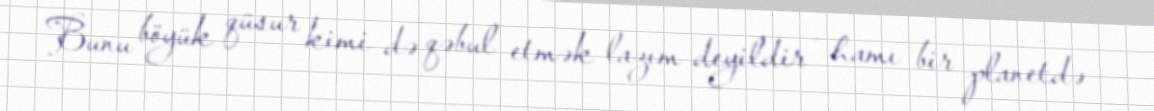
Bunu böyük qüsur kimi də qəbul etmək lazım deyildir - hamı bir planetdə